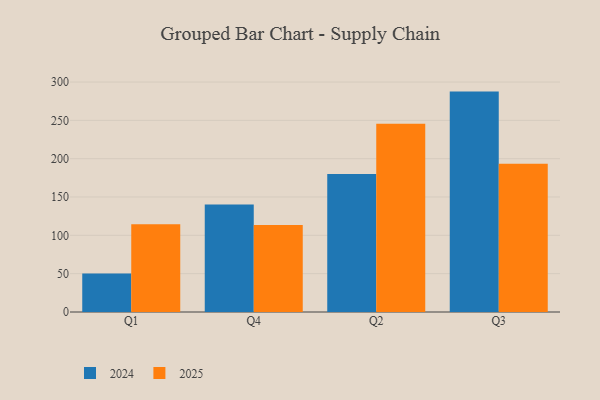
{"axis": {"x": "Quarter", "y": "Production Output"}, "legend": ["2024", "2025"], "data": [{"x": "Q1", "y": 114.6, "type": "2025"}, {"x": "Q1", "y": 50.2, "type": "2024"}, {"x": "Q4", "y": 113.4, "type": "2025"}, {"x": "Q4", "y": 140.3, "type": "2024"}, {"x": "Q2", "y": 245.5, "type": "2025"}, {"x": "Q2", "y": 179.9, "type": "2024"}, {"x": "Q3", "y": 193.3, "type": "2025"}, {"x": "Q3", "y": 287.5, "type": "2024"}]}